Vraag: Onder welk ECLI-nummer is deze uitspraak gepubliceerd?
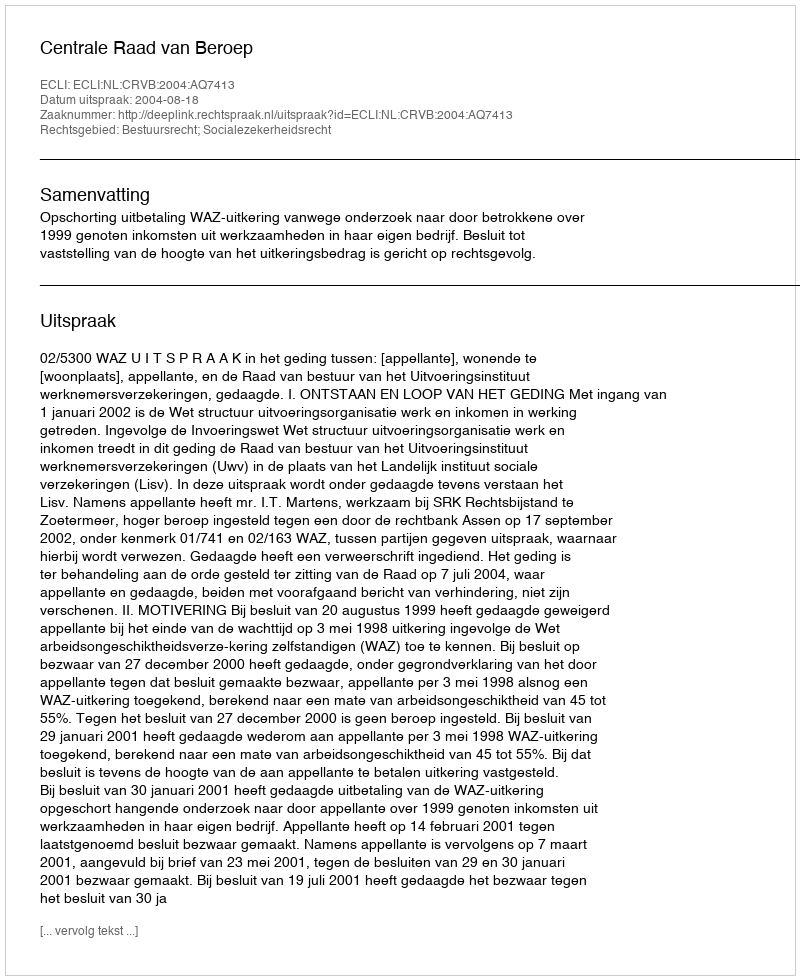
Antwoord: ECLI:NL:CRVB:2004:AQ7413